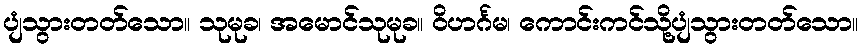
ပျံသွားတတ်သော။ သုမုခ၊ အမောင်သုမုခ။ ဝိဟင်္ဂမ၊ ကောင်းကင်သို့ပျံသွားတတ်သော။